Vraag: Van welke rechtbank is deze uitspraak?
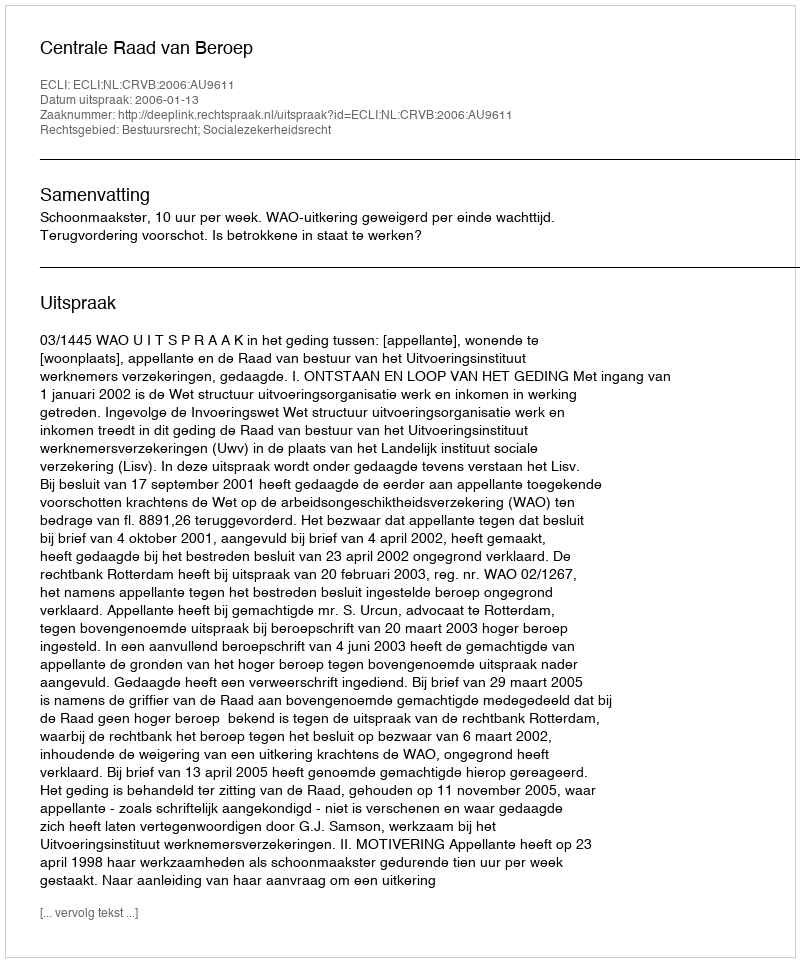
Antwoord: Centrale Raad van Beroep